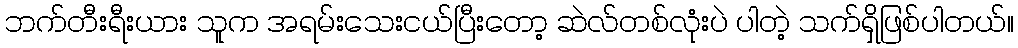
ဘက်တီးရီးယား သူက အရမ်းသေးငယ်ပြီးတော့ ဆဲလ်တစ်လုံးပဲ ပါတဲ့ သက်ရှိဖြစ်ပါတယ်။